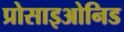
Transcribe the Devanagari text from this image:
प्रोसाइओनिड